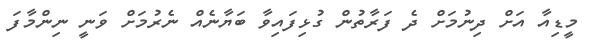
މީޑިއާ އަށް ދިނުމަށް ދެ ފަރާތުން ގުޅިފައިވާ ބަޔާނެއް ނެރުމަށް ވަނީ ނިންމާފަ